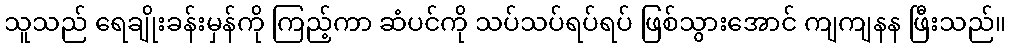
သူသည် ရေချိုးခန်းမှန်ကို ကြည့်ကာ ဆံပင်ကို သပ်သပ်ရပ်ရပ် ဖြစ်သွားအောင် ကျကျနန ဖြီးသည်။